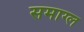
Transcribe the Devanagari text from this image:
समाग्ल